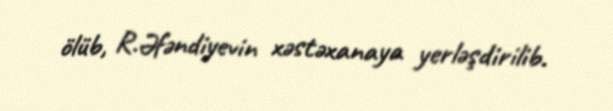
ölüb, R.Əfəndiyevin xəstəxanaya yerləşdirilib.